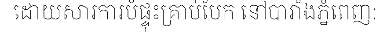
ដោយសារការបំផ្ទុះគ្រាប់បែក នៅបារាំងភ្នំពេញ: